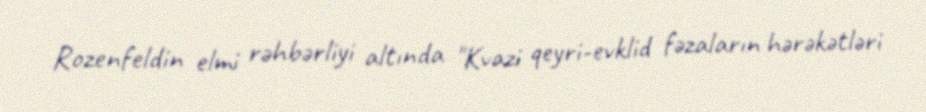
Rozenfeldin elmi rəhbərliyi altında "Kvazi qeyri-evklid fəzaların hərəkətləri